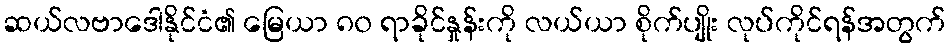
ဆယ်လဗာဒေါနိုင်ငံ၏ မြေယာ ၈၀ ရာခိုင်နှုန်းကို လယ်ယာ စိုက်ပျိုး လုပ်ကိုင်ရန်အတွက်